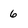
Character: 6